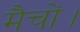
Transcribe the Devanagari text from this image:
मैचों।